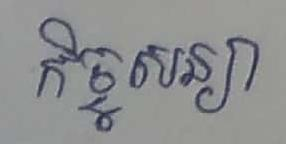
កិច្ចសន្យា